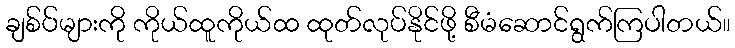
ချစ်ပ်များကို ကိုယ်ထူကိုယ်ထ ထုတ်လုပ်နိုင်ဖို့ စီမံဆောင်ရွက်ကြပါတယ်။